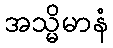
အသ္မိမာနံ